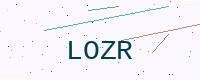
Text: LOZR